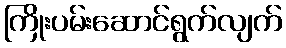
ကြိုးပမ်းဆောင်ရွက်လျက်